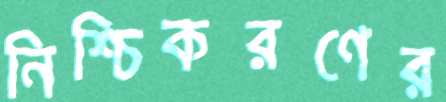
নিশ্চিকরণের